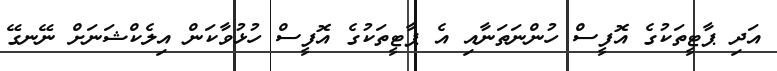
އަދި ޕާޓީތަކުގެ އޮފީސް ހުންނަތަނާއި އެ ޕާޓީތަކުގެ އޮފީސް ހުޅުވާކަން އިލެކްޝަނަށް ނޭނގޭ